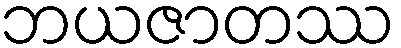
ဘယဇာတဿ